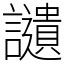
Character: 讉